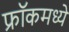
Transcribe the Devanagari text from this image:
फ्रॉकमध्ये